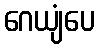
ဂေယျံပေ